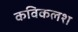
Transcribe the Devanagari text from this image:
कविकलश